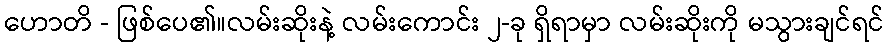
ဟောတိ - ဖြစ်ပေ၏။လမ်းဆိုးနဲ့ လမ်းကောင်း ၂-ခု ရှိရာမှာ လမ်းဆိုးကို မသွားချင်ရင်